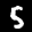
Label: 5